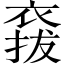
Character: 𧛌